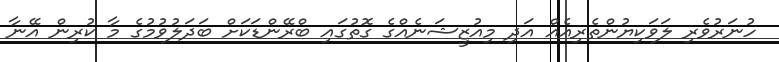
ހުނަރުވެރި ލަވަކިޔުންތެރިއެއް އަދި މިއުޒީޝަނެއްގެ ގޮތުގައި ބްރޭންޑަކަށް ބަދަލުވުމުގެ މާ ކުރިން އޭނާ